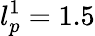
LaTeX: l_{p}^{1}=1.5